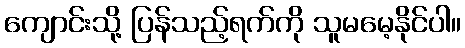
ကျောင်းသို့ ပြန်သည့်ရက်ကို သူမမေ့နိုင်ပါ။